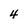
Character: 4